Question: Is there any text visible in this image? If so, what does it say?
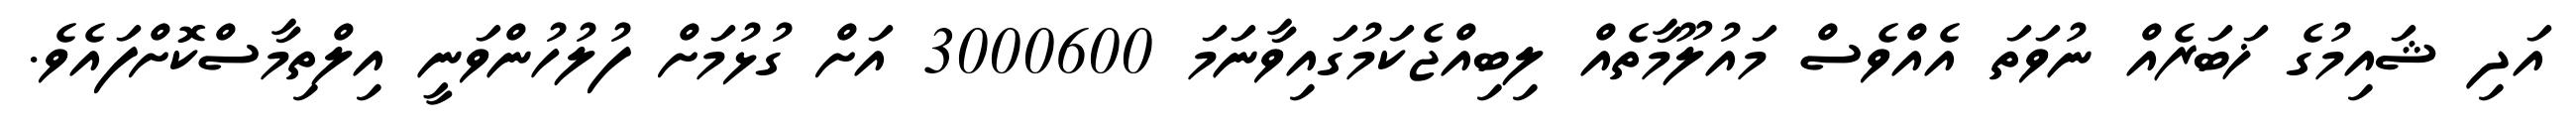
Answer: އަދި ޝައިމުގެ ޚަބަރެއް ނުވަތަ އެއްވެސް މައުލޫމާތެއް ލިބިއްޖެކަމުގައިވާނަމަ 3000600 އަށް ގުޅުމަށް ފުލުހުންވަނީ އިލްތިމާސްކޮށްފައެވެ.